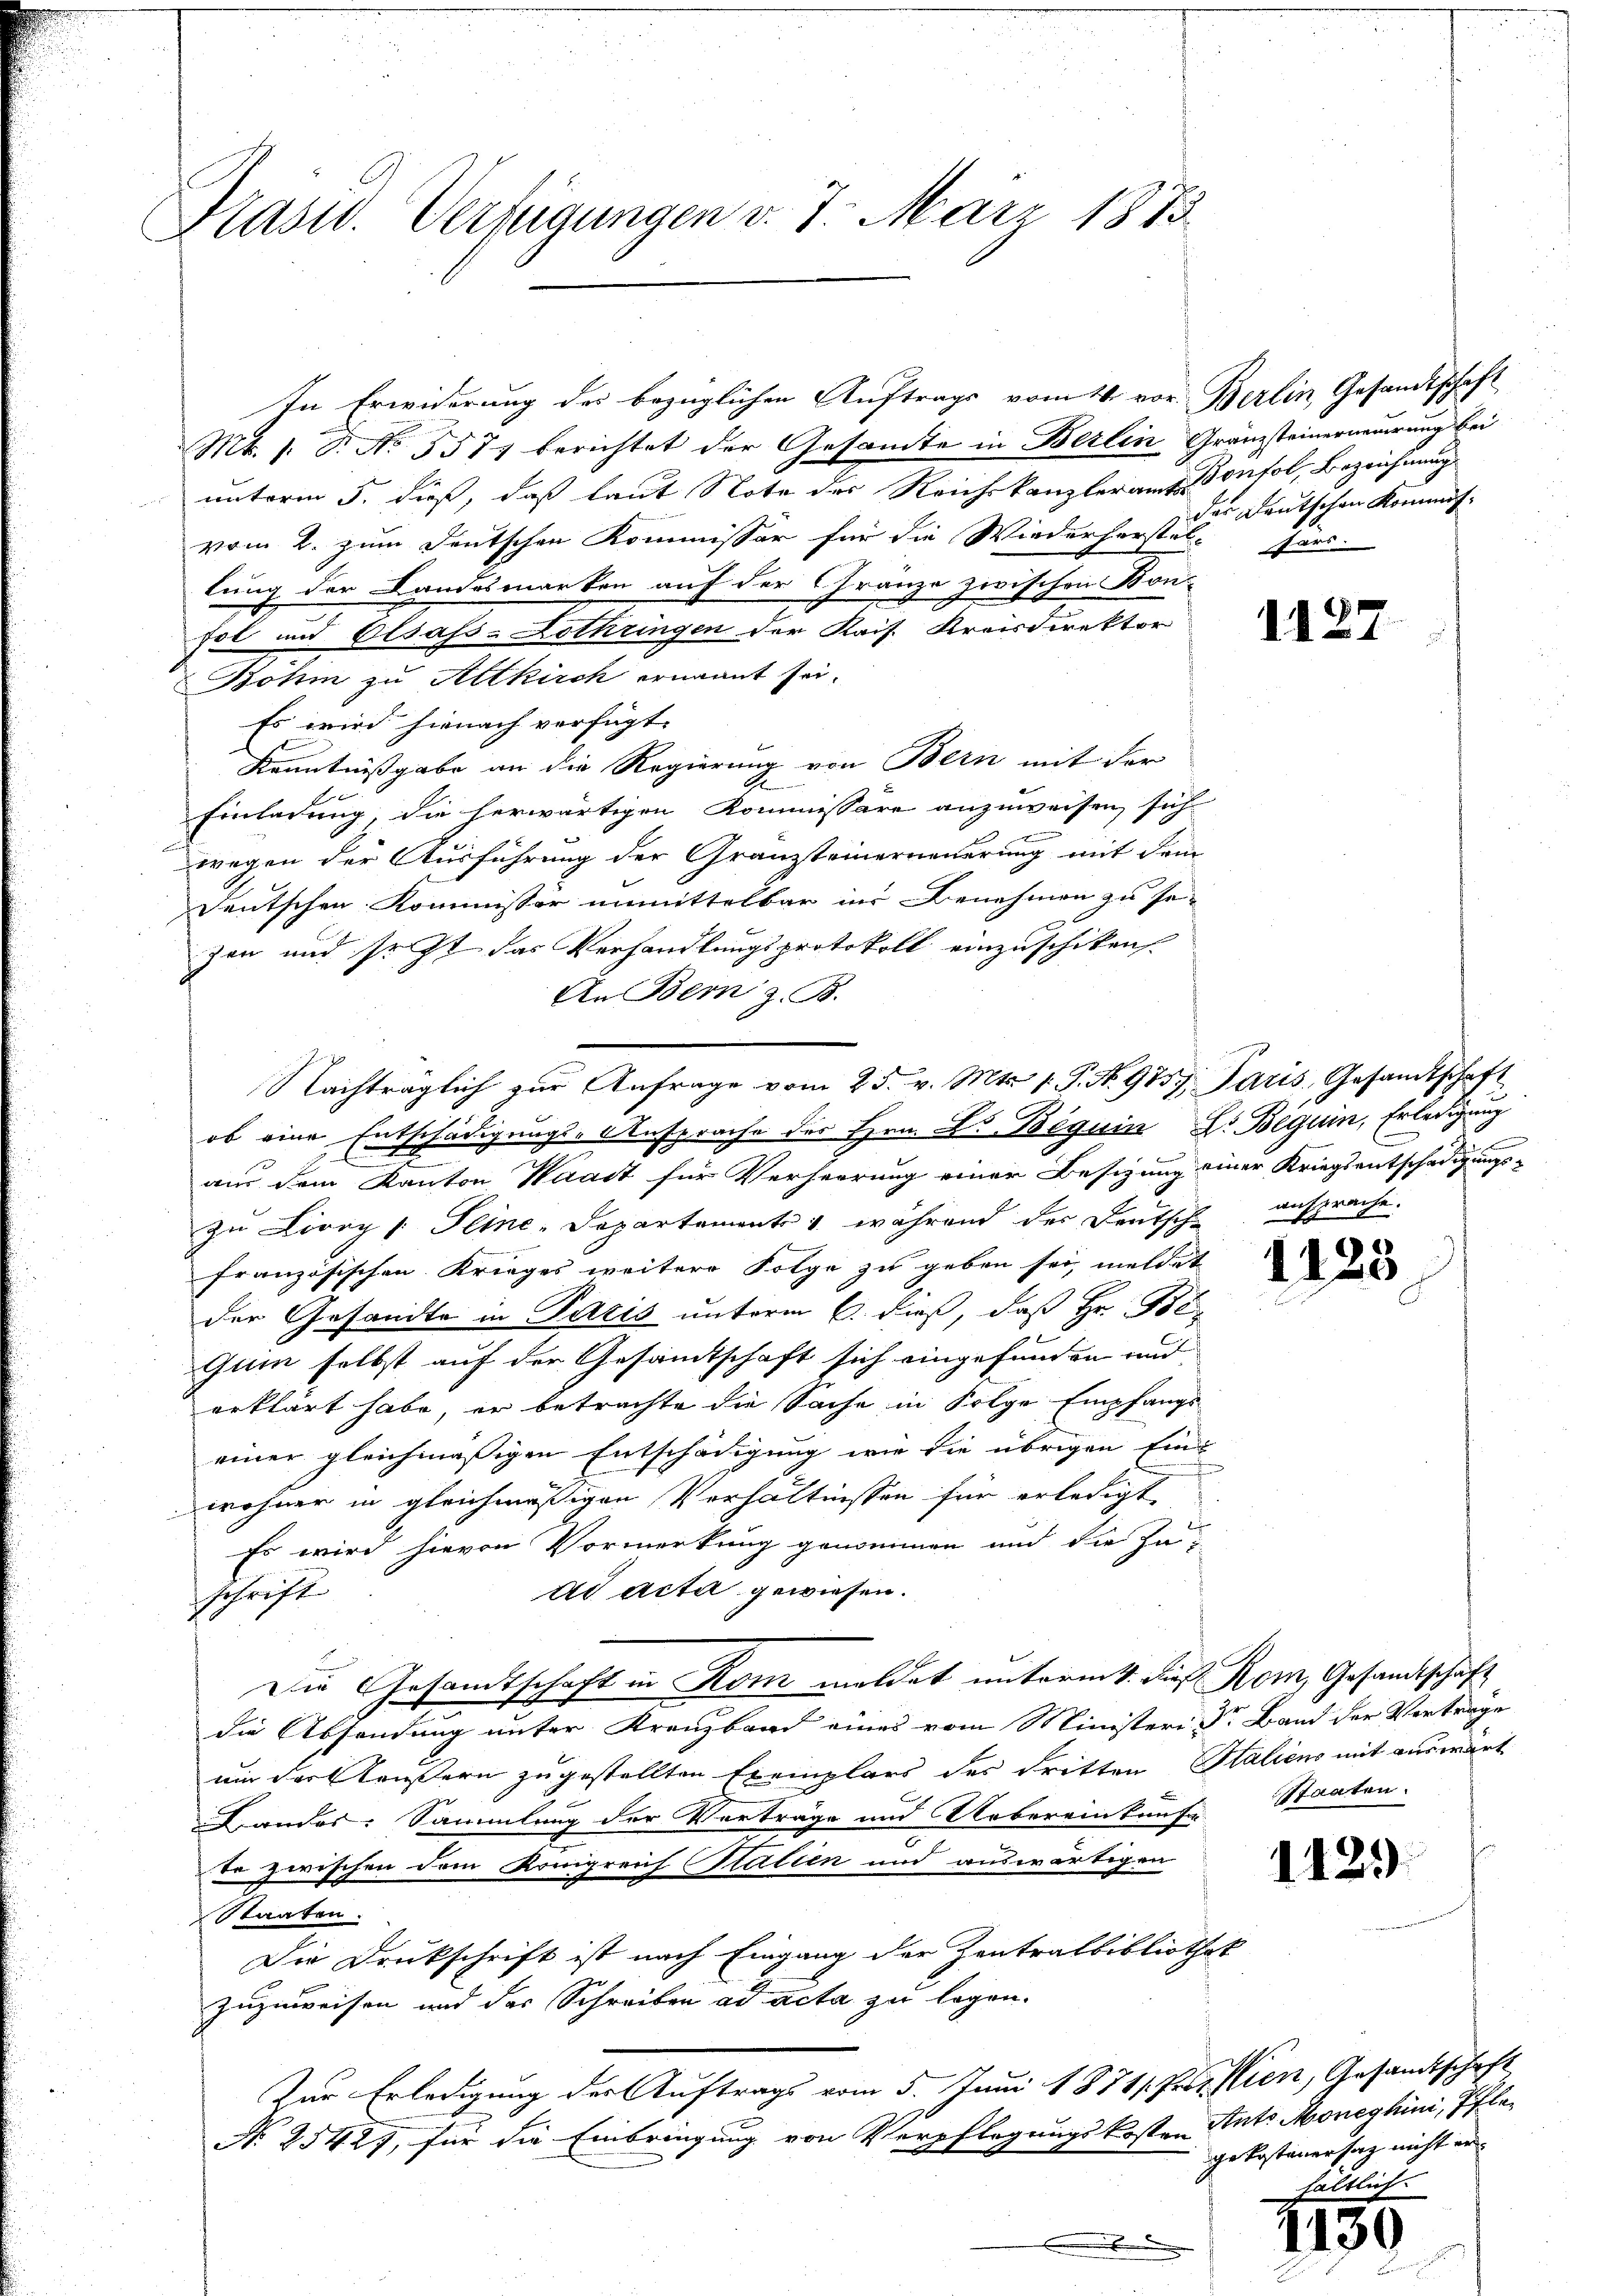
Präsid. Verfügungen v. 7. März 1875

Mt. s. B. No. 557 berichtet der Gesamte in Berlin Gränzsteinerneuerung bei
naterm 5. dieß, daß laut Note der Reichskanzler am Konfol, Bezeichnung
vom 2. zum Deutschen Kommissor für die Wiederherstel fors
lung der Landesmarken auf der Gränze zwischen Bonfol und Elsass-Lothringen der Kais. Kreisdirektor
Böhm zu Altkirch ernannt sei.
Es wird hienach verfügt:
Kenntnißgabe an die Regierung von Bern mit der
Einladung, die herwärtigen Kommissäre anzuweisen, sich
wegen der Ausführung der Granzsteinerneuerung mit dem
deutschen Kommissor unmittelbar ins Benehmen zu se-
zen und sr. Zt. das Verhandlungsprotokoll einzuschiken.
An Bern z. B.
ob eine Entschädigungs-Ansprache des Hrn. L. Beguin Dr. Beguin, Erledigung
aus dem Kanton Waadt für Verheerung einer Besitzung einer Kriegsentschädigungszu Livry /: Seine-Departemente & während der Deutsche
französischen Krieges weitere Folge zu geben sei, meldet
der Gesandte in Paris unterm 6. dieß, daß Hr. Be-
qui selbst auf der Gesamtschaft sich eingefunden und
erklärt habe, er betrachte die Sache in Folge Empfangs
einer gleichmäßigen Entschädigung wie die übrigen Einwohner in gleichmäßigen Verhältnissen für erledigt
Es wird hievon Vormerkung genommen und die In-
ad acta gewiesen.
schrift
Die Gesandtschaft in Rom meldet unterm 4. dieß Rom, Gesandtschaft
die Absendung unter Kreuzband eines vom Ministeri Dr. Band der Verträge
ui der Keustern zugestellten Exemplars des dritten Staliens mit auswärt
Landes: Sammlung der Verträge und Uebereinkaufer
te zwischen dem Königreif Stalien und auswärtigen
Staaten.
Die Druckschrift ist nach Eingang der Zentralbibliothek
zuzuweisen und der Schreiben ad acta zu legen.
Zur Erledigung der Auftrags vom 5. Juni 18711. Prof. Wien, Gesandtschaft
N. 25427, für die Einbringung von Verpflegungskosten Ants Moneghini, Pfle-

Nachträglich zur Anfrage vom 25. v. Mts. 1. P. No. 9757. Paris, Gesandtschaft

In Erwiderung des bezüglichen Auftrags vom 14. vor. Berlin, Gesandtschaft

das Deutschen Kommis-

1127

ansprache.

1425

Staaten.

1129

gekostenersag nicht er
hältlich

1130